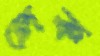
লেক